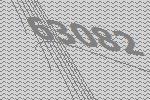
63082